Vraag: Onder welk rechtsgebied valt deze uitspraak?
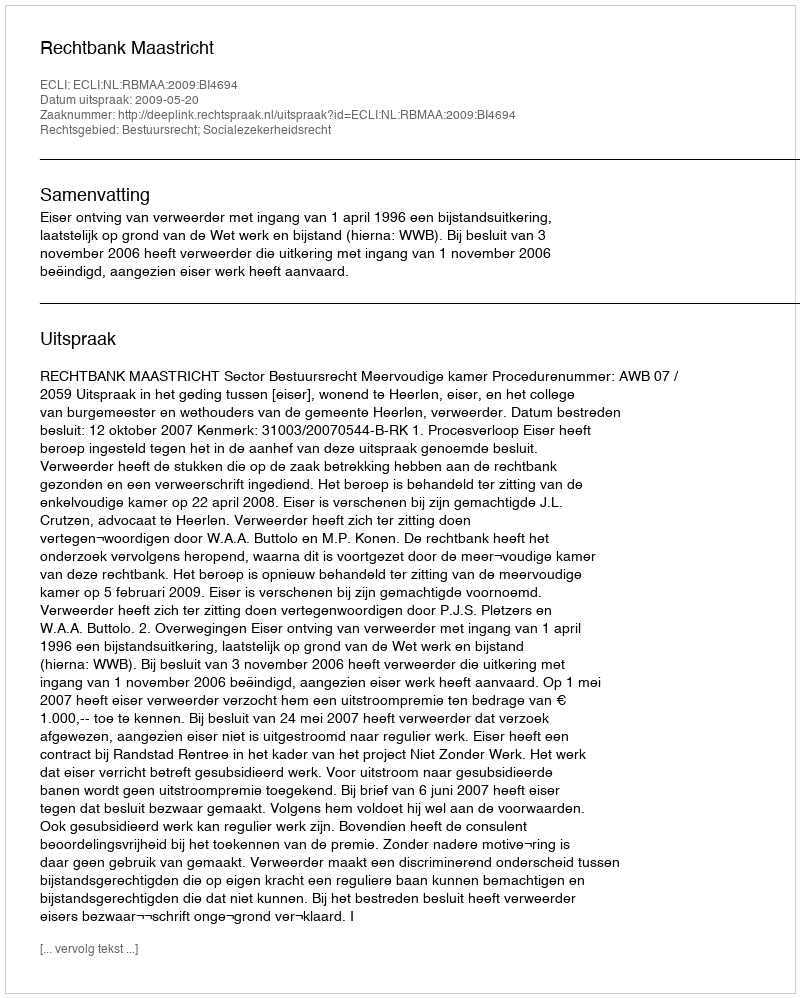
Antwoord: Bestuursrecht; Socialezekerheidsrecht